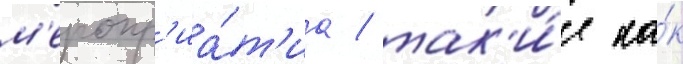
м'еропр'иа́т'иа / так'и́е ка́к